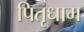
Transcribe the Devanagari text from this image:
पितृधाम